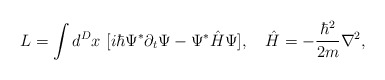
\begin{align*}L = \int d^Dx ~ [i\hbar \Psi^* \partial_t \Psi - \Psi^* \hat{H} \Psi],~~~\hat{H} = -\frac{\hbar^2 }{2m} \nabla^2,\end{align*}